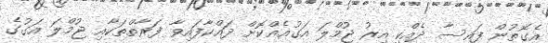
އެގޮތުން ފައިސާ ދެއްކި އިރު ޖުމްލަ އަގުއެއްކޮށް ދައްކާފައިވާ ފަރާތްތަކާއި ޖުމްލަ އަގުގެ